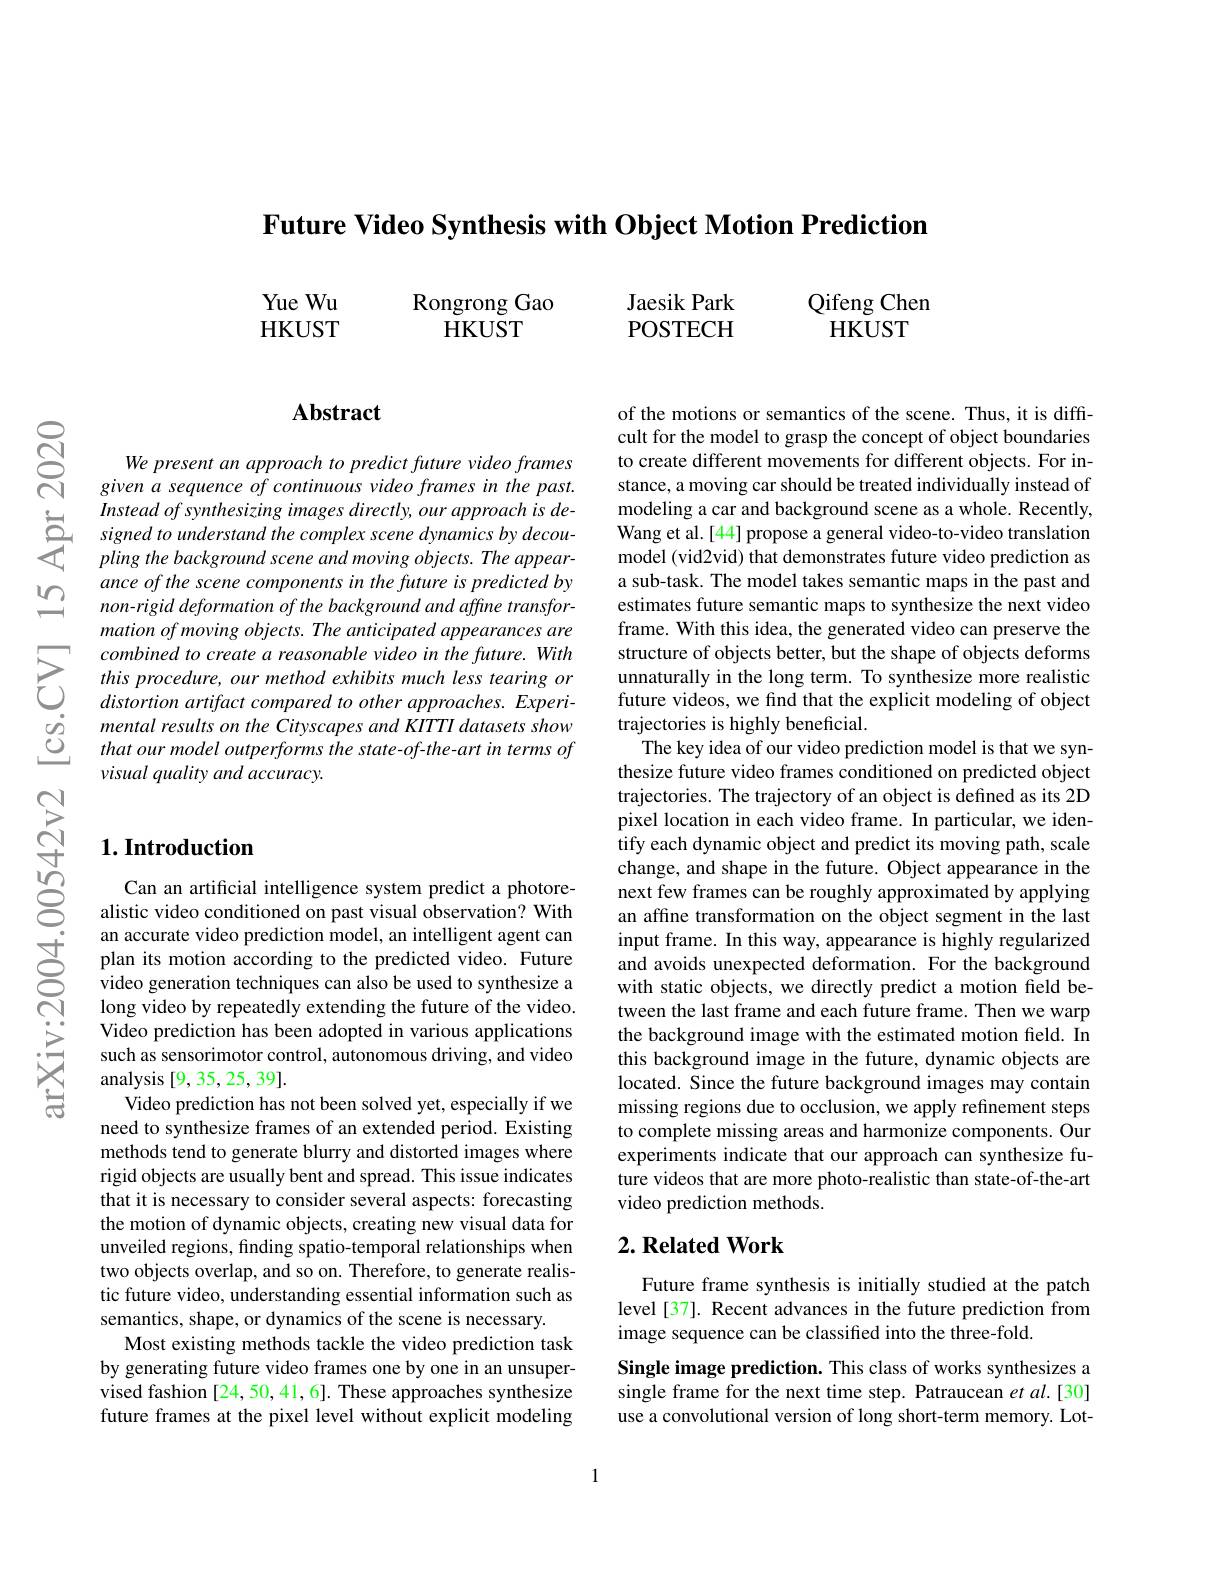
Future Video Svnthesis with Object Motion Prediction

YueWu
Rongrong Gao
$HKUST$
$\bar{\mathrm{HKUST}}$

Jaesik Park
Qifeng Chen
POSTECH
$HKUST$

$ଟ୍ରି$

## $\mathbf{Abstract}$

We present an approach to predict future video frames given a sequence of continuous video frames in the past.
Instead $of$ synthesizing images $directly$, our approach $is$ $de-$ Signed $to$ understand the complex scene dynamics $by$ $decou-$ pling the background scene and moving objects The $appear-$
ance of the scene components in the future is predicted by non-rigid deformation of the background and affine transformation of moving objects. The anticipated appearances are combined to create a reasonable video in the future. With this procedure, our method exhibits much less tearing or distortion artifact compared to other approaches. Experimental results on the Cityscapes and KITTI datasets show that our model outperforms the state-of-the-art in terms of visual quality and accuracy.

## $1. \textbf{Introduction}$

an accurate video prediction model, an intelligent agent can plan its motion according to the predicted video.Future video generation techniques can also be used to synthesize a long video by repeatedly extending the future of the video. Video prediction has been adopted in various applications such as sensorimotor control, autonomous driving, and video analysis [9, 35, 25, 39].
Video prediction has not been solved yet, especially if we need to synthesize frames of an extended period. Existing methods tend to generate blurry and distorted images where rigid objects are usually bent and spread. This issue indicates that it is necessary to consider several aspects: forecasting the motion of dynamic objects, creating new visual data for unveiled regions, finding spatio-temporal relationships when two objects overlap, and so on. Therefore, to generate realistic future video, understanding essential information such as semantics, shape, or dynamics of the scene is necessary.
Most existing methods tackle the video prediction task by generating future video frames one by one in an unsupervised fashion [24,50,41,6]. These approaches synthesize future frames at the pixel level without explicit modeling

of the motions or semantics of the scene. Thus, it is diffcult for the model to grasp the concept of object boundaries to create different movements for different objects. For instance, a moving car should be treated individually instead of modeling a car and background scene as a whole. Recently, Wang et al.[44] propose a general video-to-video translation model (vid2vid) that demonstrates future video prediction as a sub-task. The model takes semantic maps in the past and estimates future semantic maps to synthesize the next video frame. With this idea, the generated video can preserve the structure of objects better, but the shape of objects deforms unnaturally in the long term. To synthesize more realistic future videos, we find that the explicit modeling of object trajectories is highly beneficial.
The key idea of our video prediction model is that we synthesize future video frames conditioned on predicted object trajectories. The trajectory of an object is defined as its 2D pixel location in each video frame. In particular, we iden- $\hat{\text{tify each dynamic object and predict its moving path, scale}}$ change, and shape in the future. Object appearance in the next few frames can be roughly approximated by applying an affine transformation on the object segment in the last input frame. In this way, appearance is highly regularized and avoids unexpected deformation. For the background with static objects, we directly predict a motion field between the last frame and each future frame. Then we warp the background image with the estimated motion field. In this background image in the future, dynamic objects are located. Since the future background images may contain missing regions due to occlusion, we apply refinement steps to complete missing areas and harmonize components. Our experiments indicate that our approach can synthesize future videos that are more photo-realistic than state-of-the-art video prediction methods.

## $2. \textbf{Related Work}$

Future frame synthesis is initially studied at the patch level [37]. Recent advances in the future prediction from image sequence can be classified into the three-fold.

Single image prediction. This class of works synthesizes a single frame for the next time step. Patraucean et al.[30] use a convolutional version of long short-term memory. Lot-